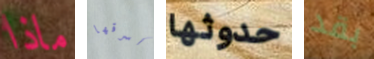
ماذا أسرقها حدوثها بقد